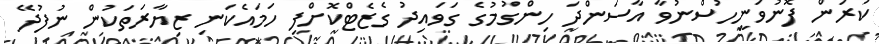
ކުރަން ފޮނުވަނީހުސްނުވާ އާސަންދަ ހިންގުމުގެ ގަވައިދު ގެޒެޓްކޮށްފި ހަމައެކަނި ޒިޔާރަތަކުން ނުފުދޭ